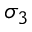
\sigma _ { 3 }